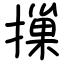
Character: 摷